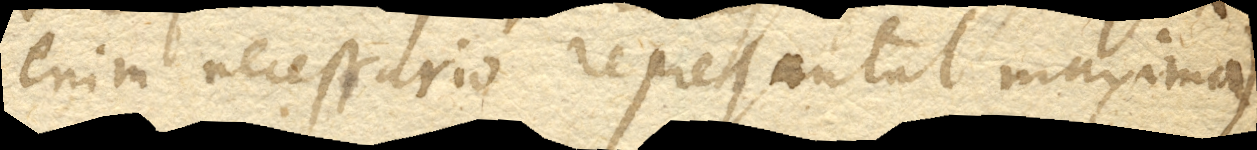
enim necessario representat maxima. +)